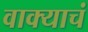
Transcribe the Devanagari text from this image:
वाक्याचं